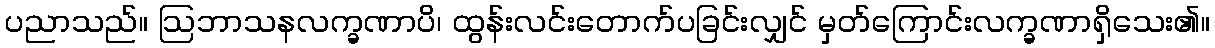
ပညာသည်။ ဩဘာသနလက္ခဏာပိ၊ ထွန်းလင်းတောက်ပခြင်းလျှင် မှတ်ကြောင်းလက္ခဏာရှိသေး၏။